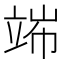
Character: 𥪄